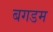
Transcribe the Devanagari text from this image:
बगडम